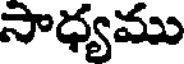
సాధ్యము